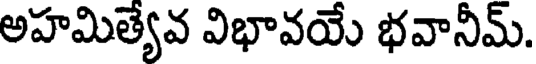
అహమిత్యేవ విభావయే భవానీమ్.